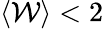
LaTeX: \langle\mathcal{W}\rangle<2